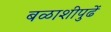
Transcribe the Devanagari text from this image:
बळाशीपुढें